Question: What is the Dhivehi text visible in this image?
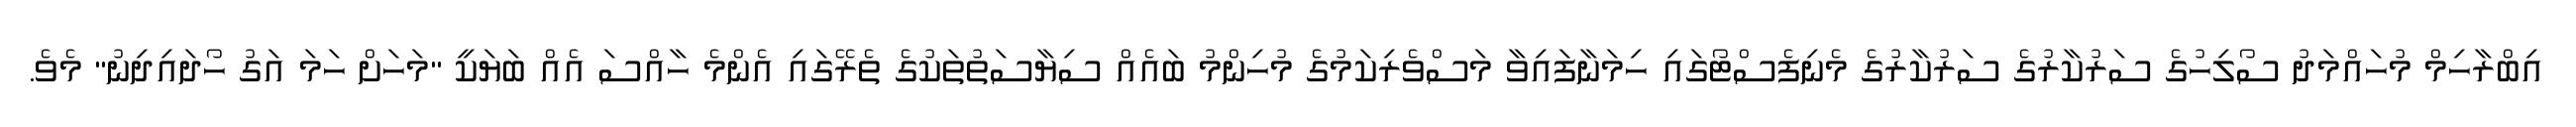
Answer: އިބްރާހިމް މުހައްމަދު ސޯލިހުގެ ސަރުކާރުގެ ސަރުކާރުގެ މެނިފެސްޓޯގައި ހިމަނާފައިވާ މަސްވެރިކަމުގެ މުހިންމު ބައެއް ސިޔާސަތުތަކުގެ ތެރޭގައި އެންމެ ހާއްސަ އެއް ބަޔަކީ "މަހަށް ހަމަ އަގު ހޯދައިދިނު" މެވެ.